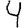
Digit: 4